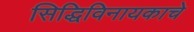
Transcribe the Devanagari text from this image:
सिद्धिविनायकाचे